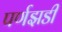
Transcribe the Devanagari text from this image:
पर्णझडी